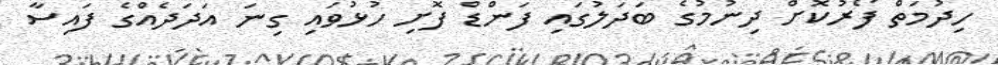
ހިދުމަތް ފޯރުކޮށް ދިނުމުގެ ބަދަލުގައި ފަންޑް ފޮށި ހުޅުވައި ގިނަ އަދަދެއްގެ ފައިސާ